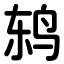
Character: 鸫